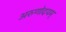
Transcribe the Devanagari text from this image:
अरुणोदयम्